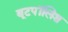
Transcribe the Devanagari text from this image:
बूटपॉलिश